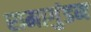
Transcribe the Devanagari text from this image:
रामागुंडम